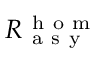
R _ { \mathrm { ~ a ~ s ~ y ~ } } ^ { \mathrm { ~ h ~ o ~ m ~ } }